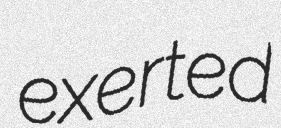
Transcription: exerted